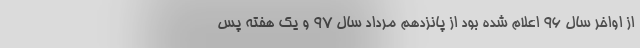
از اواخر سال ۹۶ اعلام شده بود از پانزدهم مرداد سال ۹۷ و یک هفته پس